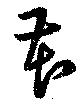
芲